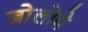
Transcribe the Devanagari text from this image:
बोलोये